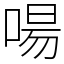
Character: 啺